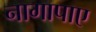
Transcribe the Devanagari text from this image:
नागापाए